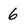
Character: 6